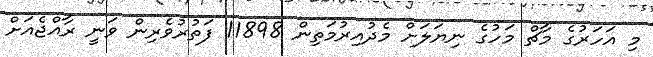
މި އަހަރުގެ މާޗް މަހުގެ ނިޔަލަށް މެދުއިރުމަތިން 11898 ފަތުރުވެރިން ވަނީ ރާއްޖެއަށް